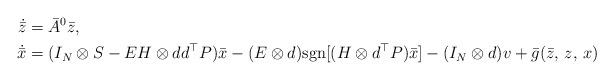
LaTeX: \begin{align*}\dot{\bar z}&=\bar A^0\bar z,\\\dot{\bar x}&=(I_N\otimes S-EH\otimes dd^\top P)\bar x-(E\otimes d)\mbox{sgn}[(H\otimes d^\top P)\bar x]-(I_N\otimes d) v+\bar g(\bar z,\,z,\,x)\end{align*}